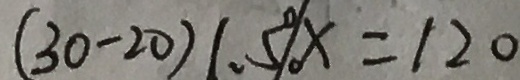
( 3 0 - 2 0 ) 1 . 5 \% = 1 2 0